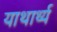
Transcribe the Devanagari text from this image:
याथार्थ्य